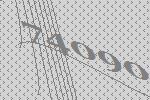
74090